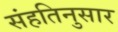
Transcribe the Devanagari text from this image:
संहतिनुसार